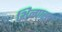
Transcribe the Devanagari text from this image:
शिल्पास